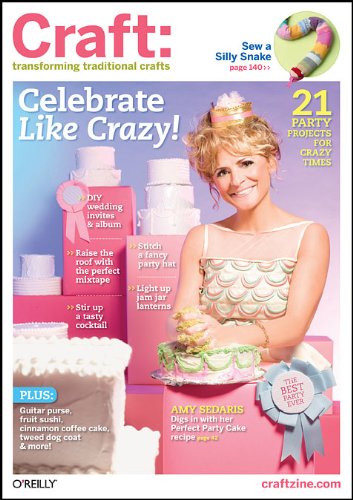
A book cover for Craft: Volume 10: Transforming Traditional Crafts (Craft: Transforming Traditional Crafts); Crafts, Hobbies & Home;